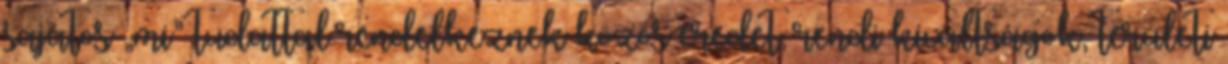
sajátos „mi” tudattal rendelkeznek közös eredet, rendi kiváltságok, területi